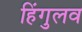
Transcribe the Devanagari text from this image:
हिंगुलव